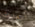
أبعدت